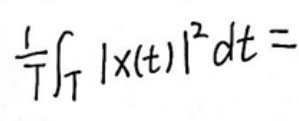
\frac{1}{T}\int_{T} |x(t)|^{2} dt =